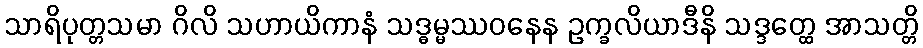
သာရိပုတ္တသမာ ဂိလိ သဟာယိကာနံ သဒ္ဓမ္မဿဝနေန ဥက္ခလိယာဒီနိ သဒ္ဒတ္ထေ အာသတ္တိ